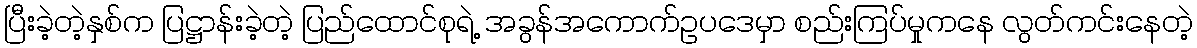
ပြီးခဲ့တဲ့နှစ်က ပြဋ္ဌာန်းခဲ့တဲ့ ပြည်ထောင်စုရဲ့ အခွန်အကောက်ဥပဒေမှာ စည်းကြပ်မှုကနေ လွတ်ကင်းနေတဲ့